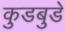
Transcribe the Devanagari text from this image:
कुडबुडे